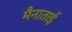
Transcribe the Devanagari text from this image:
मैनाताई